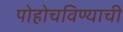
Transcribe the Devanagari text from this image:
पोहोचविण्याची